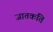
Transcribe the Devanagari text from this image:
जातकंति